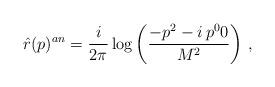
LaTeX: \begin{align*}\hat{r}(p)^{an}=\frac{i}{2\pi}\log\left( \frac{-p^2 - i\,p^{0} 0}{M^2}\right)\,,\end{align*}